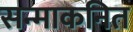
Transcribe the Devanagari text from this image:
सन्माकनित